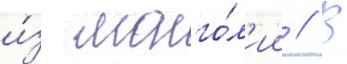
и́з монго́л'ии // В